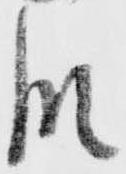
段